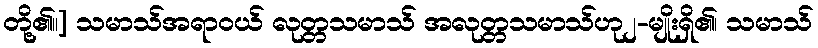
တို့၏။] သမာသ်အရာဝယ် လုတ္တသမာသ် အလုတ္တသမာသ်ဟု၂-မျိုးရှိ၏၊ သမာသ်